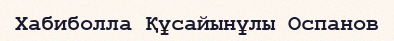
Хабиболла Құсайынұлы Оспанов